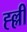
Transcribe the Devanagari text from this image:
ह्ल्ली